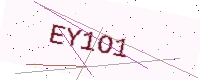
Text: EY1O1